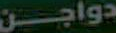
دواجن